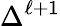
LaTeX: \Delta^{\ell+1}